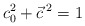
\begin{align*}c_{0}^{2} + \vec{c} \,^{2} = 1\end{align*}